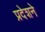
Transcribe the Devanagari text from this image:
प्रदेशने